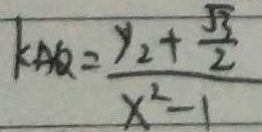
k _ { A Q } = \frac { y _ { 2 } + \frac { \sqrt { 3 } } { 2 } } { x ^ { 2 } - 1 }